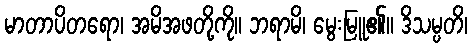
မာတာပိတရော၊ အမိအဖတို့ကို။ ဘရာမိ၊ မွေးမြူ၏။ ဒိသမ္ပတိ၊